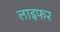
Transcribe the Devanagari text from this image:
लाइफर